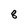
Character: 8